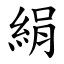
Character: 絹